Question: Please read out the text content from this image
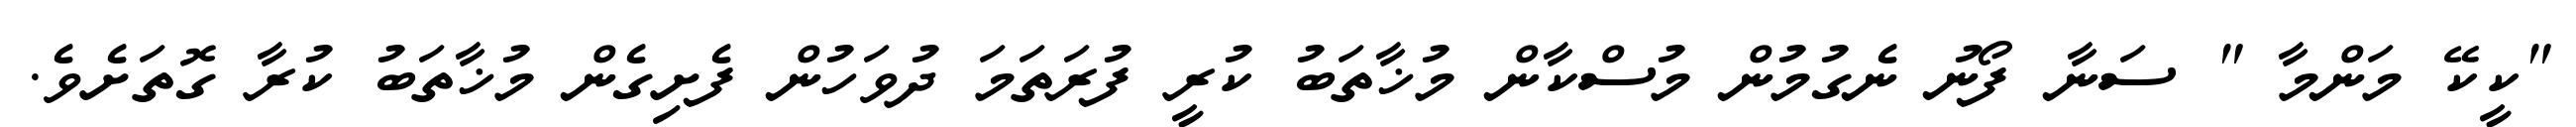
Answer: "ކީކޭ މަންމާ " ސަނާ ފޯނު ނެގުމުން މުސްކާން މުޚާތަބު ކުރީ ފުރަތަމަ ދުވަހުން ފެށިގެން މުޚާތަބު ކުރާ ގޮތަށެވެ.